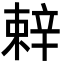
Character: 辢